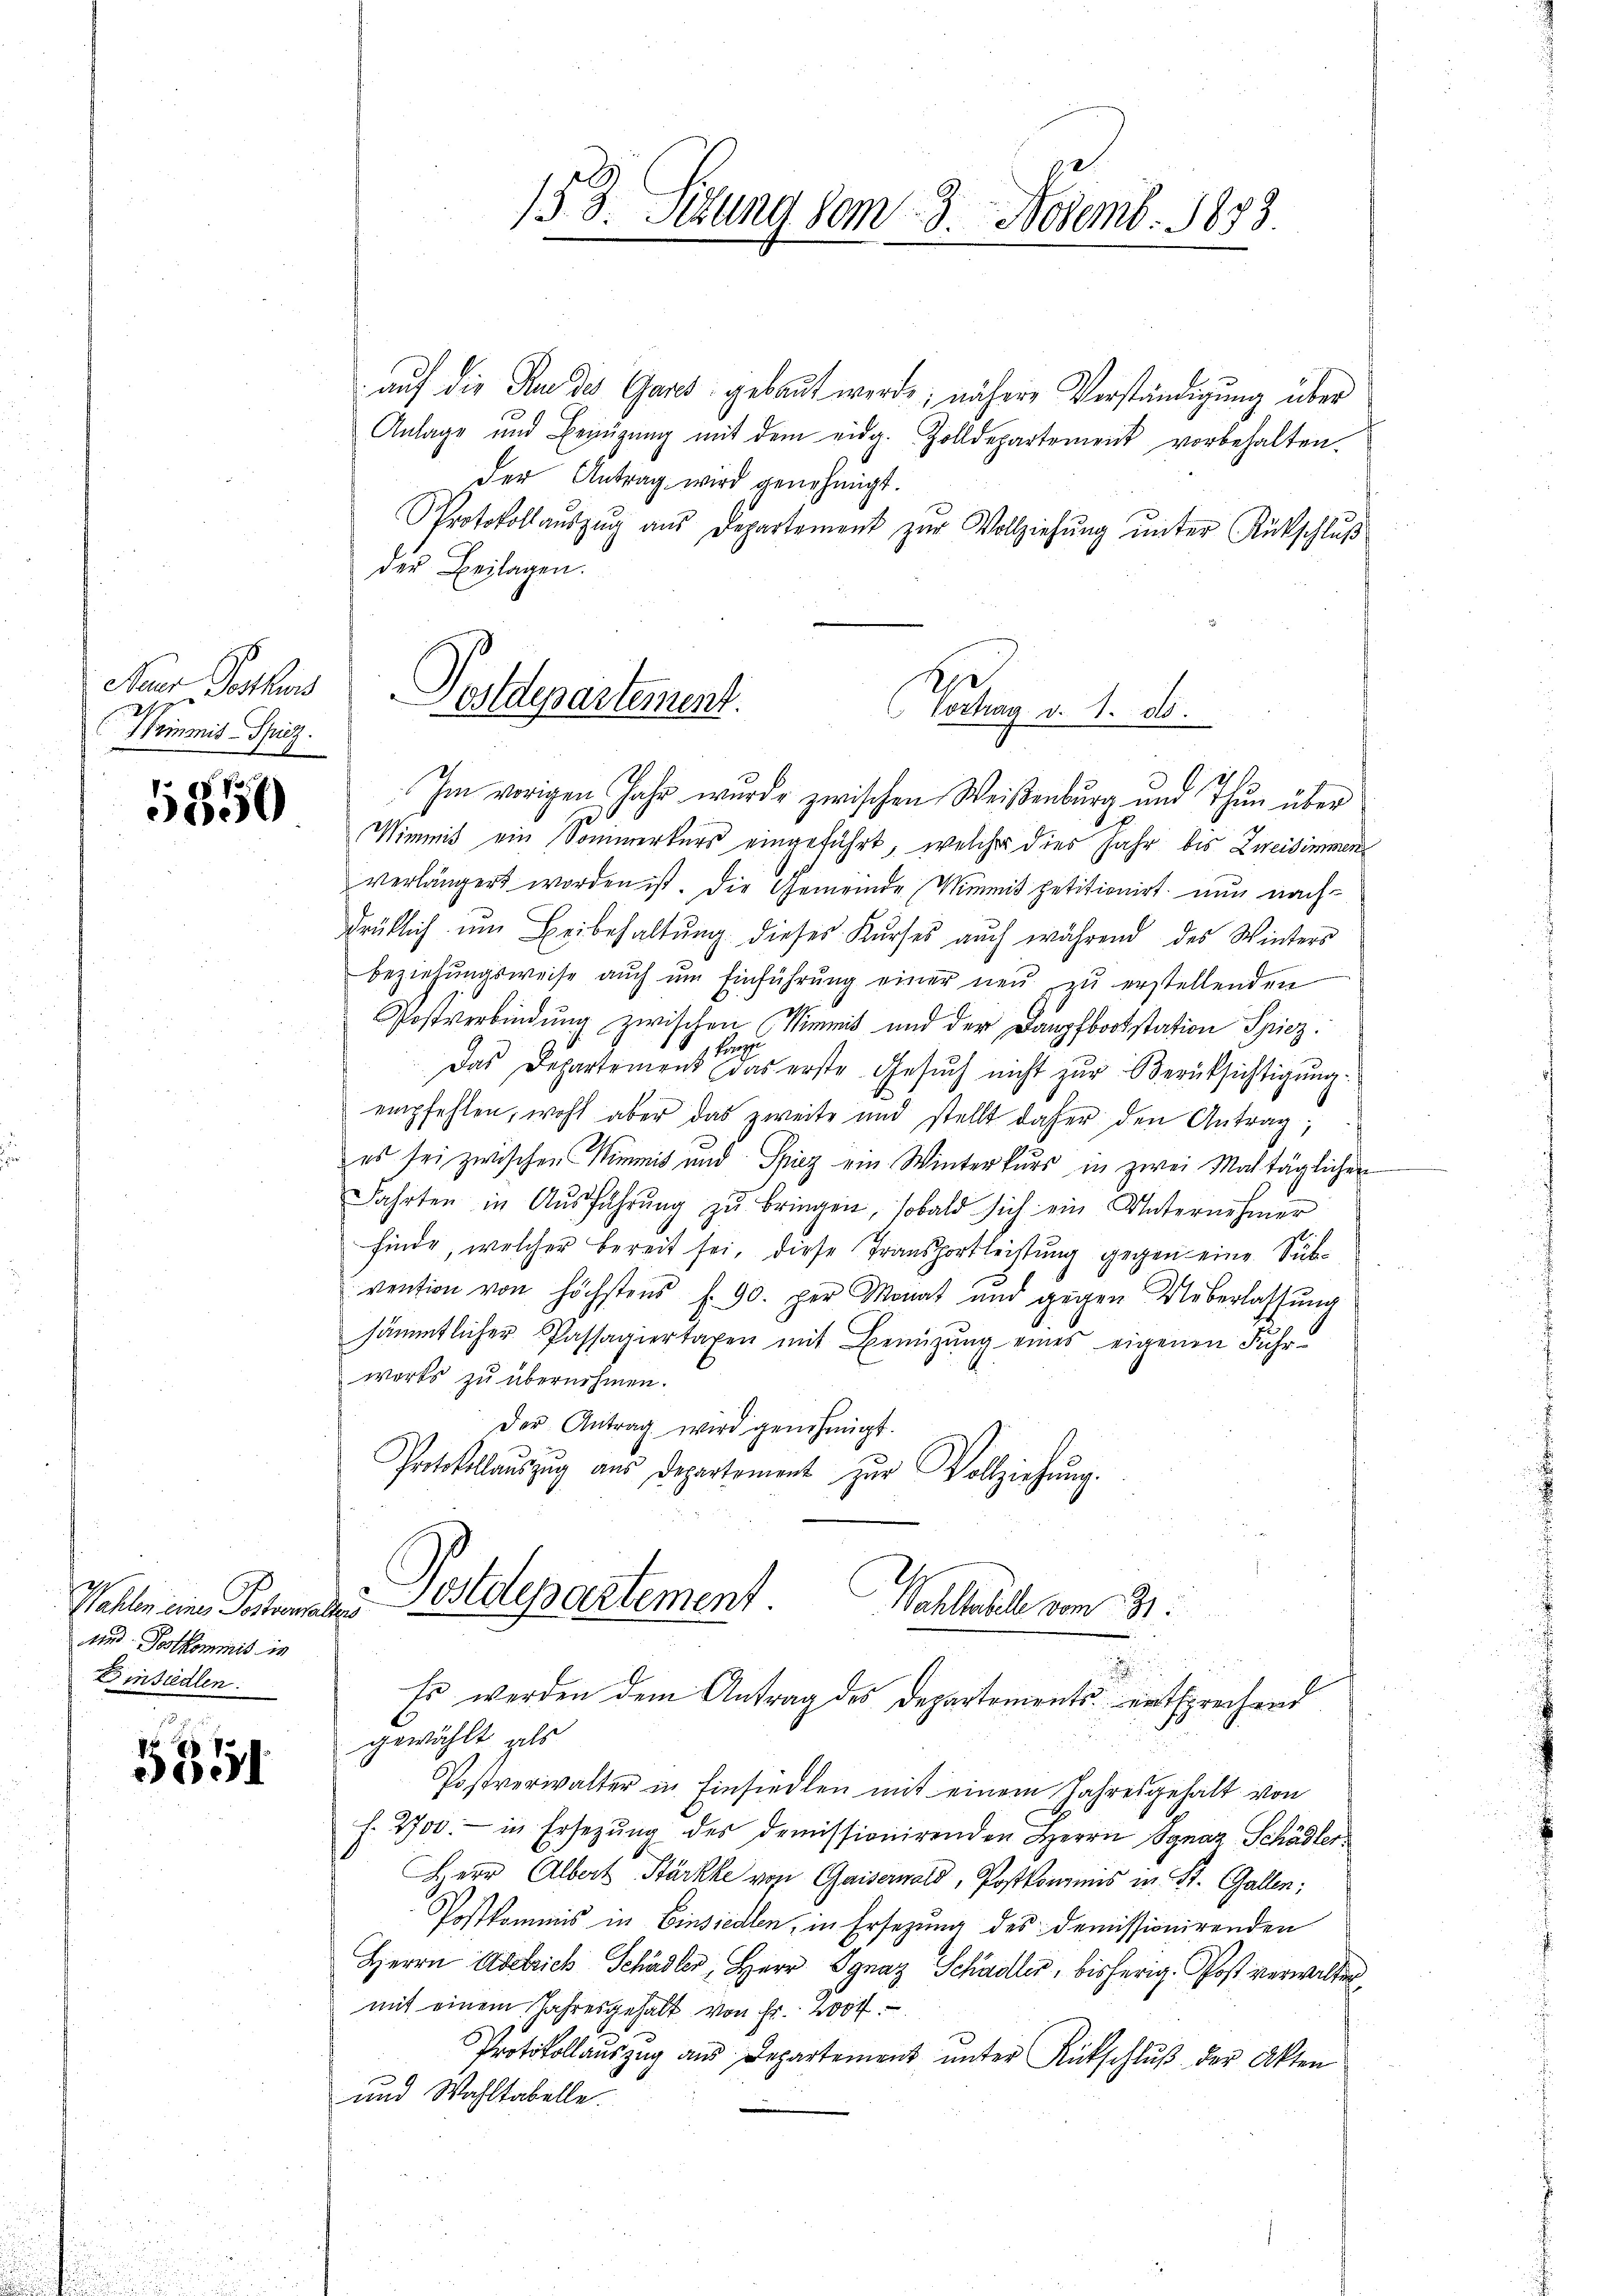
Naer Postkuns
t
Trimit Spiez.

5850

2
Wahlen eines Postverhaltend
und Postkommis in
Einsiedlen:

5351.

auf die Frau des Ganz gebaut werde; nähere Verständigung über
Anlage und Bezügŭng mit dem eidg. Zolldepartement vorbehalten.
der Antrag wird genehmigt.
Protokollaŭszŭg aŭs Departement zŭr Vollziehŭng ŭnter Rückschlŭβ
der Beilagen.
Im vorigen Jahr wurde zwischen Weißenburg und Thun über
Wimmit ein Sommerkurs eingeführt, welcher dies Jahr bis Zweisimmen
verlängert worden ist. Die Gemeinde Mimmit petitionirt nun nachdrüklich um Beibehaltŭng dieses Kŭrses auch während des Winters
beziehŭngsweise aŭch ŭm Einführŭng einer neŭ zŭ erstellenden
Postverbindung zwischen Nimmt und der Dampfbootstation Spiez.
B
Das Departement das erste Gesŭch nicht zŭr Berücksichtigŭng.
empfehlen, wohl aber das zweite und stellt daher den Antrag,
es sei zwischen Wimmit und Spiez ein Winterkurs in zwei Maltäglichen
Fahrten in Aŭsführŭng zŭ bringen, sobald sich ein Unternehmer
finde, welcher bereit sei, diese Transportleistung gegen eine Subvention von höchstens f. 90. per Monat und gegen Ueberlassŭng
sämmtlicher Passagiertaxen mit Bemühung eines eigenen Fuhrwerks zu übernehmen.
Der Antrag wird genehmigt.
Protokollaŭszŭg aŭs Departement zŭr Vollziehŭng.

153. Situng dem 3. Novemb. 1873

Postdepartement.
Tetrag v. 1. d.

gewählt, als
Postverwalter in Einsiedlen mit einem Jahresgehalt von
f. 2700.- in Ersezung des demissionirenden Herrn Ignaz Schädler
Herr Albert Stärkke von Gaisernwald, Postkomens in St. Gallen;
Postkommis in Einsiedlen, in Ersezung des demissionirenden
Herrn Adelrich Schädler, Herr Ignaz Schädler, bisherig. Post verwalter
mit einem Jahresgehalt von Fr. 200f
Protokollauszug aus Departement ŭnter Rückschlŭβ der Akten
und Wahltabelle.

Postdepartement
Wahlbarell vom 31.
.
Es werden dem Antrag des Departements entsprechend